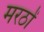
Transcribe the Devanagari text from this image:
मरठों